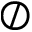
\oslash